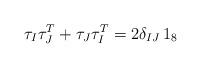
LaTeX: \begin{align*}\tau_I\tau^T_J+\tau_J\tau^T_I= 2\delta_{IJ}\, 1_8\end{align*}